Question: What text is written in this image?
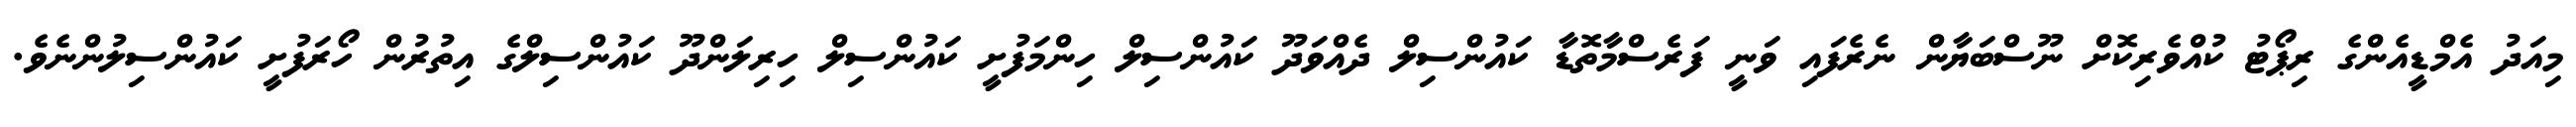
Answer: މިއަދު އެމްޑީއެންގެ ރިޕޯޓު ކުއްވެރިކޮށް ނޫސްބަޔާން ނެރެފައި ވަނީ ފަރެސްމާތޮޑާ ކައުންސިލް ދެއްވަދޫ ކައުންސިލް ހިންމަފުށީ ކައުންސިލް ހިރިލަންދޫ ކައުންސިލްގެ އިތުރުން ހޯރަފުށީ ކައުންސިލުންނެވެ.